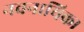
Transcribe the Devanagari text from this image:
नवनायिका